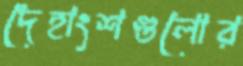
দেহাংশগুলোর